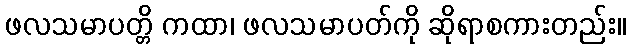
ဖလသမာပတ္တိ ကထာ၊ ဖလသမာပတ်ကို ဆိုရာစကားတည်း။